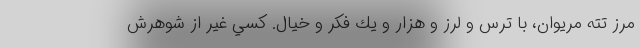
مرز تته مريوان، با ترس و لرز و هزار و يك فكر و خيال. كسي غير از شوهرش